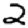
Digit: 2